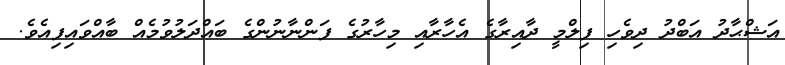
އަޝްޙާދު އަބްދު ދިވެހި ފިލްމީ ދާއިރާގެ އެހާރާއި މިހާރުގެ ފަންނާނުންގެ ބައްދަލުވުމެއް ބާއްވައިފިއެވެ.